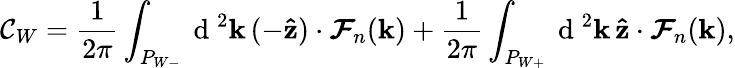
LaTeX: \mathcal{C}_{W}=\frac{1}{2\pi}\int_{P_{W-}}\mathrm{~d~}^{2}\textbf{k}\, (-\mathbf{\hat{z}})\cdot\boldsymbol{\mathcal{F}}_{n}(\textbf{k})+\frac{1}{2\pi}\int_{P_{W+}}\mathrm{~d~}^{2}\textbf{k}\, \mathbf{\hat{z}}\cdot\boldsymbol{\mathcal{F}}_{n}(\textbf{k}),